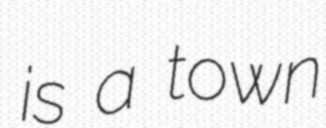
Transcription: is a town